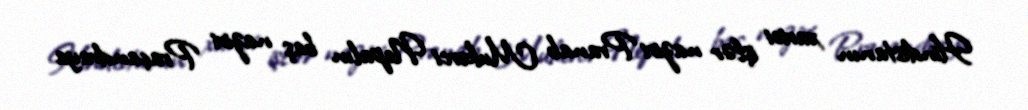
Hindistanın xarici işlər naziri Pranab Mukerci Nepalın baş naziri Praçandraya